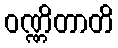
ဝဏ္ဏိတာတိ